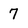
Character: 7